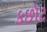
કછૉટ